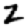
Digit: 2